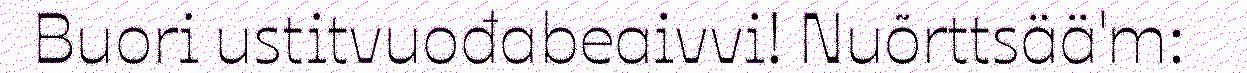
Buori ustitvuođabeaivvi! Nuõrttsää'm: